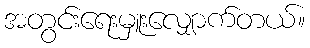
အတွင်းရေးမှူးလျှောက်တယ်။